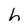
Character: h